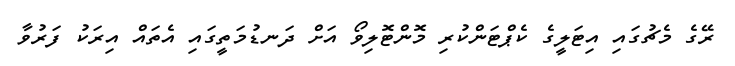
ރޭގެ މެޗުގައި އިޓަލީގެ ކެޕްޓަންކުރި މޮންޓޮލިވޯ އަށް ދަނޑުމަތީގައި އެތައް އިރަކު ފަރުވާ